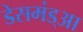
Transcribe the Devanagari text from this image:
डेसमंड्आ